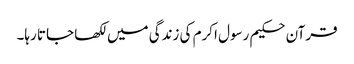
قرآن حکیم رسول اکرم کی زندگی میں لکھا جاتا رہا۔